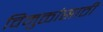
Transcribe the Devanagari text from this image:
विमुक्तांसाठी